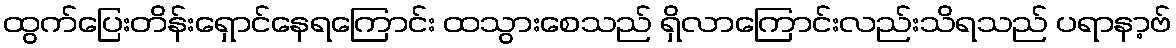
ထွက်ပြေးတိန်းရှောင်နေရကြောင်း ထသွားစေသည် ရှိလာကြောင်းလည်းသိရသည် ပရာနာ့ဗ်